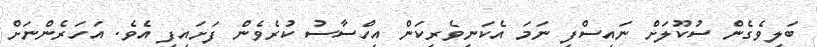
ބަލިވެގެން ސުކޫލަށް ނައިސްފި ނަމަ އެކަނިވެރިކަން އިހްސާސު ކުރެވެން ފަށައިފި އެވެ. އަހަރެންނަށް